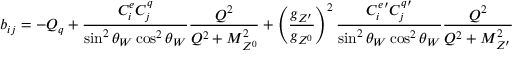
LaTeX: b _ { i j } = - Q _ { q } + { \frac { C _ { i } ^ { e } C _ { j } ^ { q } } { \sin ^ { 2 } \theta _ { W } \cos ^ { 2 } \theta _ { W } } } { \frac { Q ^ { 2 } } { Q ^ { 2 } + M _ { Z ^ { 0 } } ^ { 2 } } } + \left( { \frac { g _ { Z ^ { \prime } } } { g _ { Z ^ { 0 } } } } \right) ^ { 2 } { \frac { { C _ { i } ^ { e } } ^ { \prime } { C _ { j } ^ { q } } ^ { \prime } } { \sin ^ { 2 } \theta _ { W } \cos ^ { 2 } \theta _ { W } } } { \frac { Q ^ { 2 } } { Q ^ { 2 } + M _ { Z ^ { \prime } } ^ { 2 } } }